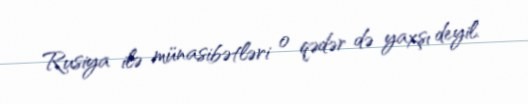
Rusiya ilə münasibətləri o qədər də yaxşı deyil.